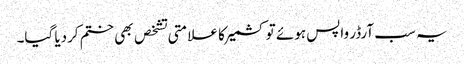
یہ سب آرڈر واپس ہوئے تو کشمیر کا علامتی تشخص بھی ختم کردیا گیا۔